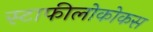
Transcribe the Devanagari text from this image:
स्टाफीलोकोकस